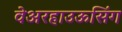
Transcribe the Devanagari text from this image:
वेअरहाउऊसिंग